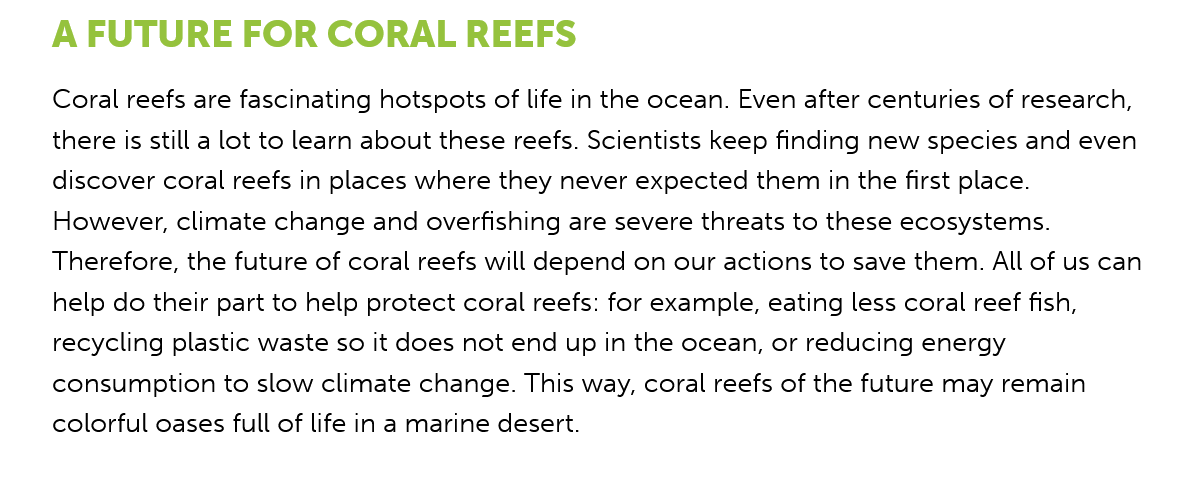
A  FUTURE    FOR   CORAL    REEFS
    Coral reefs are fascinating hotspots of life in the ocean. Even after centuries of research,
    there is still a lot to learn about these reefs. Scientists keep finding new species and even
    discover coral reefs in places where they never expected them in the first place.
    However, climate change and overfishing are severe threats to these ecosystems.
    Therefore, the future of coral reefs will depend on our actions to save them. All of us can
    help do their part to help protect coral reefs: for example, eating less coral reef fish,
    recycling plastic waste so it does not end up in the ocean, or reducing energy
    consumption to slow climate change. This way, coral reefs of the future may remain
    colorful oases full of life in a marine desert.